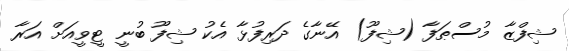
ޝިފްޒާ މުސްޠަފާ (ޝިފޫ) އޭނާގެ ދަރިފުޅާ އެކު ޝިފޫ ބުނީ ޓީވީއަށް އަރާ